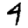
Digit: 4